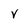
Character: v